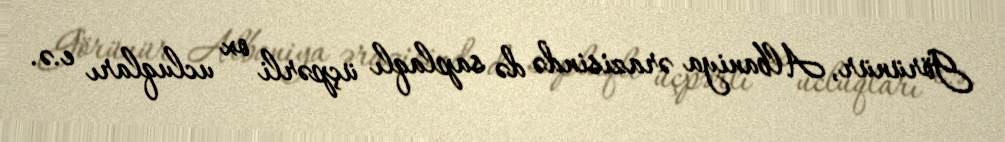
Görünür, Albaniya ərazisində də saplaqlı üçpərli ox ucluqları e.ə.